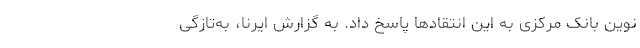
نوین بانک مرکزی به این انتقادها پاسخ داد. به گزارش ایرنا، به‌تازگی